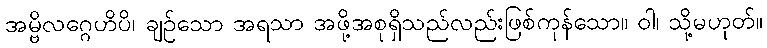
အမ္ဗိလဂ္ဂေဟိပိ၊ ချဉ်သော အရသာ အဖို့အစုရှိသည်လည်းဖြစ်ကုန်သော။ ဝါ၊ သို့မဟုတ်။